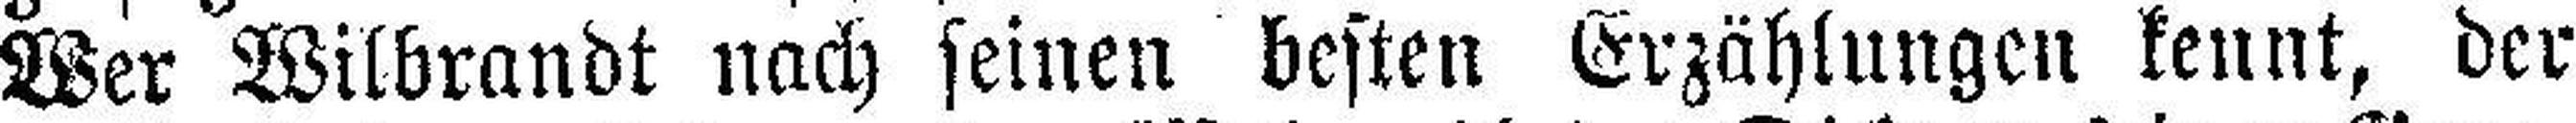
Wer Wilbrandt nach seinen besten Erzählungen kennt, der